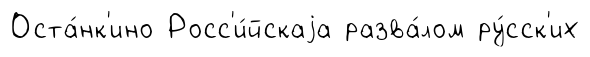
Оста́нк'ино Росс'и́йскаjа разва́лом ру́сск'их